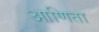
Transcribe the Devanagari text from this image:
आणिता